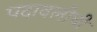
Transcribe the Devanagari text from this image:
पदावलीची